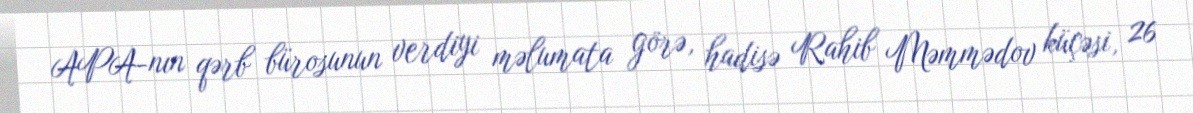
APA-nın qərb bürosunun verdiyi məlumata görə, hadisə Rahib Məmmədov küçəsi, 26